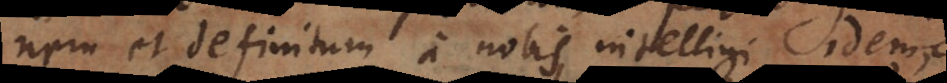
nem et definitum a nobis intelligi idem,